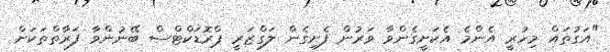
"އަގުތައް މިހުރީ އެންމެ އެކަށީގެންވާ ވަރުން ފެށިގެން ލަގްޒަރީ ޕްރޮޑަކްޓްސް ބޭނުންވާ ފަރާތްތަކަށް